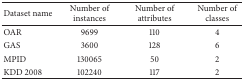
| Dataset name | Number of instances | Number of attributes | Number of classes |
 | --- | --- | --- | --- |
 | OAR | 9699 | 110 | 4 |
 | GAS | 3600 | 128 | 6 |
 | MPID | 130065 | 50 | 2 |
 | KDD 2008 | 102240 | 117 | 2 |